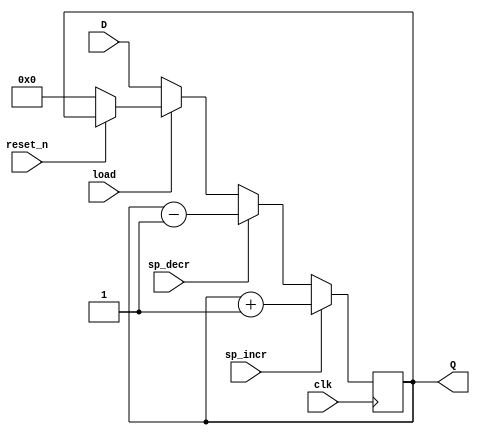
module stack_ptr
(
	input clk,
	input load,
	input reset_n,
	input [15: 0] D,
	input sp_incr,
	input sp_decr,
	
	output [15: 0] Q
);

	reg [15: 0] Q_reg;

	always @(posedge clk)
	begin
		if(sp_incr)
			Q_reg <= Q_reg + 1;
		else if(sp_decr)
			Q_reg <= Q_reg - 1;
		else if(!load)
			Q_reg <= D;
		else if(!reset_n)
			Q_reg <= 0;
	end

	assign Q = Q_reg;
	
endmodule